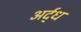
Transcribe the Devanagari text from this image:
अर्द्‌ध